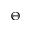
\Theta